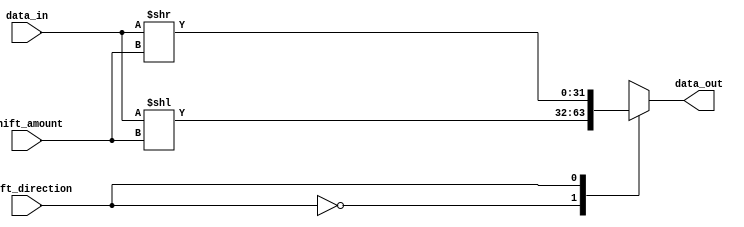
module barrel_shifter(
    input [31:0] data_in,
    input [4:0] shift_amount,
    input shift_direction,
    output [31:0] data_out
);

reg [31:0] shifted_data;

assign data_out = shifted_data;

always @(*) begin
    case(shift_direction)
        1'b0: 
            shifted_data = data_in << shift_amount;
        1'b1: 
            shifted_data = data_in >> shift_amount;
    endcase
end

endmodule